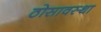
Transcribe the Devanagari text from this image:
ठोसावस्था